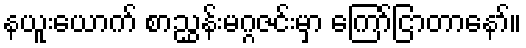
နယူးယောက် စာညွှန်းမဂ္ဂဇင်းမှာ ကြော်ငြာတာနော်။